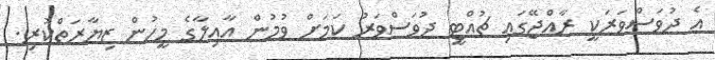
އެ ދުވަސްވަރަކީ ރާއްޖޭގައި ޗުއްޓީ ދުވަސްވަރު ކަމަށް ވުމުން އާއިލާގެ މީހުން ޒިޔާރަތްކުރި.